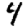
Digit: 4